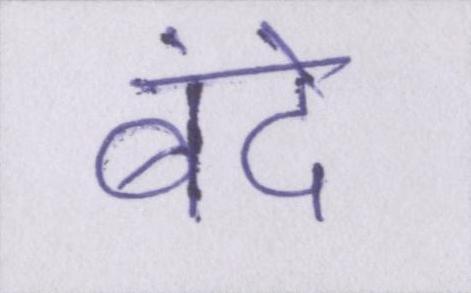
बंदे